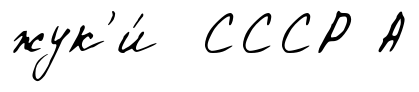
жук'и́ СССР А